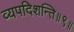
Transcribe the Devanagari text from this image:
व्यपदिशन्ति॥९॥